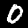
Label: 0